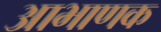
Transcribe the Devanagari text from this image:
आभाणक